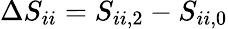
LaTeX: \Delta S_{ii}=S_{ii,2}-S_{ii,0}